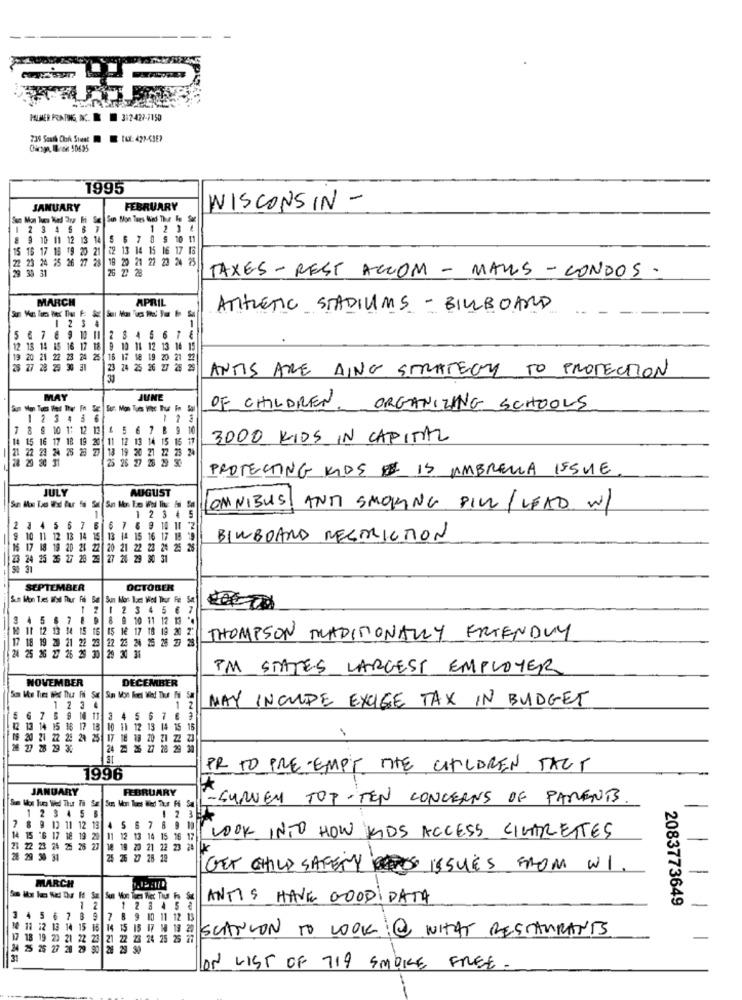
MIMER KONING, N. 312429-7150
739 South Choik Sweet Tuf: 421-6357
1995
JANUARY
FEBRUARY
WISCONSIN -
Sur Mon Tues Med Tror Fi Set Sun Mon Tues Wind Thur Te Se
-
123 4
11 12 13 14 5 6
9 10 11
15 17 18 19 20 21
22 13 14 15
16 17 16
22 23 24 25 26 27 28
23 24
19 20 21 22 23 24 25
139 31
26
28
TAXES - REST ACCOM - MAILS - CONDOS .
MARCH
APRIL
ATHLETIC STADIUMS - BILLBOARD
1 234
1
5 6 7 8 9 10 11
12 13 14 15 16 17 18 9 10 11 12 13 14 15
19 20 21 22 23 24 25 16 17
16
19 20 21
77
28. 29
23 24 25 26 27 28 29
ANTIS ARE AING STRATEGY TO PROTECTION
MAY
JUNE
am Mon Tott Thet They In Se Sur. Mon Tues Wiec Thue Fm Sal
OF CHILDREN ORGANIZING SCHOOLS
12343 6
7 8 9 10 1: 12 13 4 5 6 7 8 9 10
15 16 17 18 19 20
12 13 14 15 16 1
3000 KIDS IN CAPITAL
19 20 21 22 25 2
25 26 27
28 29 90
PROTECTING KIDS IS UMBRELLA ISSUE
JULY
AUGUST
OMNIBUS
AND SMOKING PILL/ LEAD W/
-
1 2 3 45
2 3 4 5 6 7 6 6 7 8 9 10 11 2
9 10 11 12 13 14 15 13 14 15 16 17 18 19
BINBOARD RESTRICTION
15 17 18 19 20 21 22 20 21 22 23 24 25 26
17
22 2
2: 25
24 25 36 27 28 25 27 26 29 30 31
SEPTEMBER
OCTOBER
1 2 1 23 4 5 6 7
3 4
5 .
8 .
10 11 12 13 %
10 11 12 13 14 15 16 15 18 17 18 19 20
17 18 19 28 21 22 23
22 25 24 25 28 29 2
THOMPSON TRADITIONALLY FRIENDLY
30 29 30 31
24 25 26 27 26 29 30
IM STATES LARGEST EMPLOYER
NOVEMBER
DECEMBER
MAY INCLUDE EXIGE TAX IN BUDGET
1234
1
5 6 7 5 9 1 11 3 4 5 6 7 6 3
12 13 14 15 16 17 13 10 11 12 13 14 15 15
20 21
28 24 25 17 18 18 20 21 22 20
24
PR TO PRE EMPT THE CHILDREN TACT
1996
JANUARY
FEBRUARY
- SURVEY TOP- TEN CONCERNS OF PARENTS
1
2
$ 4
5 8
1235
14
8 9 13 11 12 19
15 16
6 17 18 19
11 12 13 14 15 16 17
LOOK INTO HOW KIDS ACCESS CINTRETTES
22
24 25 28 27
8 19 20 21 2
2 23 28
28 29 38 31
25 26 27 28 18
GET CHILD SAFETY ISSUES FROM WI
MARCH
ANTIS HAVE GOODIDATA
2083773649
2
1 2 3 45
-
3 4 5 6 7 8 9
8 9 10 11 12 1
14 11 :2 13 14 15 15 14 15
$ 17
20
SCANCON TO LOOK WITHT RESTAURANTS
17 18 19 23 21 22 23
22 23 24 25 26 27
28 29 90
ON LIST OF 719 SMOKE FREE.